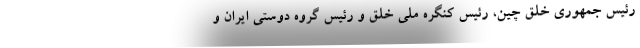
رئیس جمهوری خلق چین، رئیس کنگره ملی خلق و رئیس گروه دوستی ایران و